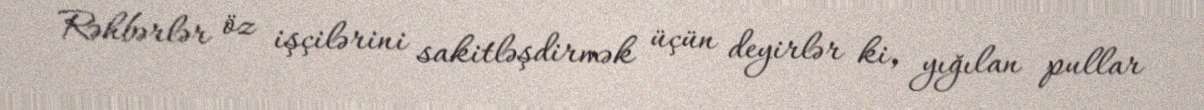
Rəhbərlər öz işçilərini sakitləşdirmək üçün deyirlər ki, yığılan pullar